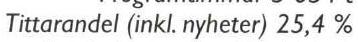
Tittarandel (inkl. nyheter) 25,4 %